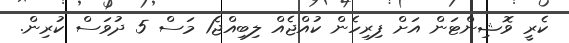
ކެރީ ވޮޝިންޓަން އަށް ފިރިހެން ކުއްޖެއް ލިބިއްޖެ1 މަސް 5 ދުވަސް ކުރިން.